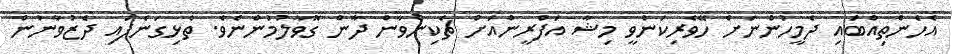
އެހެންތިއްބައި ދެމީހުންނަށް ހޭވެރިކަންވީ މިޝާ އަފްރީންއަށް ޗެކިންވާން ދާން ގޮވާލުމުންނެވެ. ތެޅިގަނެފައި ދެޒުވާނުން